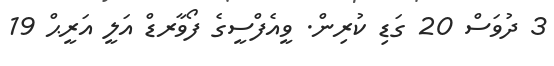
3 ދުވަސް 20 ގަޑި ކުރިން. ވީއެފްސީގެ ފޯވާރޑް އަލީ އަރީޙް 19